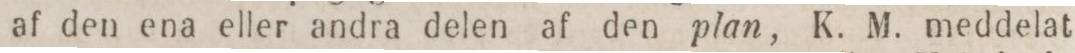
af den ena eller andra delen af den plan, K. M. meddelat